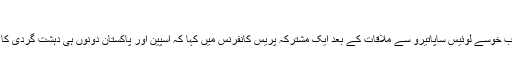
پاکستانی وزیراعظم یوسف رضا گیلانی
بدھ کے دن پاکستانی وزیراعظم سید یوسف رضا گیلانی نے اپنے ہسپانوی ہم منصب خوسے لوئیس ساپاتیرو سے ملاقات کے بعد ایک مشترکہ پریس کانفرنس میں کہا کہ اسپین اور پاکستان دونوں ہی دہشت گردی کا نشانہ بنے ہیں اوردونوں ممالک مل کر اس کا خاتمہ کرنے کی کوشش کریں گے۔